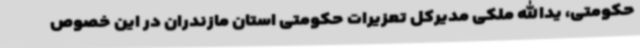
حکومتی، یدالله ملکی مدیرکل تعزیرات حکومتی استان مازندران در این خصوص